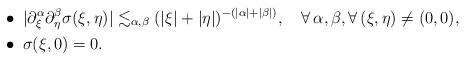
LaTeX: \begin{align*}&\bullet\; |\partial_{\xi}^{\alpha} \partial_{\eta}^{\beta} \sigma(\xi,\eta)|\lesssim_{\alpha,\beta} (|\xi|+|\eta|)^{-(|\alpha|+|\beta|)}, \quad\forall\, \alpha,\beta, \forall\, (\xi,\eta)\ne (0,0),\\&\bullet\; \sigma(\xi,0)=0. \end{align*}